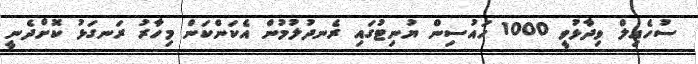
ސުހެއިލް ވިދާޅުވީ 1000 ހައުސިން ޔުނިޓުގައި ރެނދުލުމުން އެކަންކަން މިހާރު ރަނގަޅު ކޮށްދެނީ